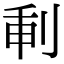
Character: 𠜕